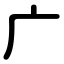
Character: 广